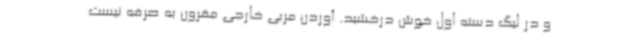
و در لیگ دسته اول خوش درخشید. آوردن مربی خارجی مقرون به صرفه نیست